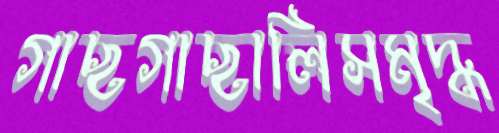
গাছগাছালিসমৃদ্ধ